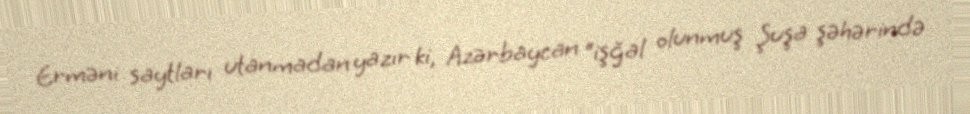
Erməni saytları utanmadan yazır ki, Azərbaycan “işğal olunmuş Şuşa şəhərində